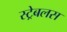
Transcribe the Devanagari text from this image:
स्ट्रेबलस